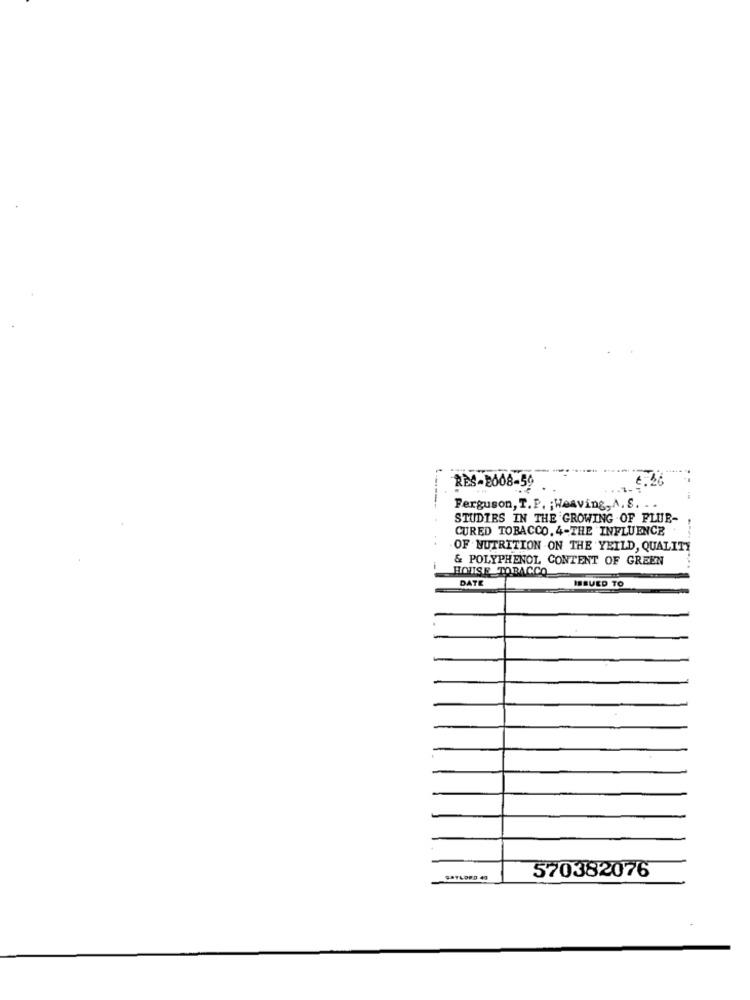
RES-2008-59
----
Ferguson, T.P. ; Weaving, A. S. -
STUDIES IN THE GROWING OF FLUE-
CURED TOBACCO. 4-THE INFLUENCE
OF NUTRITION ON THE YEILD, QUALITY
& POLYPHENOL, CONTENT OF GREEN
HOUSE TOBACCO
DATE
ISSUED TO
570382076
GAYLORD 40